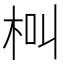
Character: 𣐲